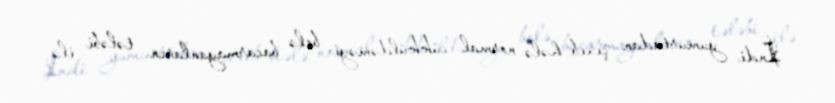
İndi yumurtadan çıxıb hələ normal cükküldəməyi belə bacarmayanların tələbi ilə